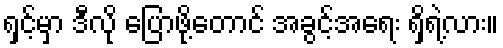
ရှင့်မှာ ဒီလို ပြောဖို့တောင် အခွင့်အရေး ရှိရဲ့လား။